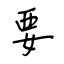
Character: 要